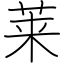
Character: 莱